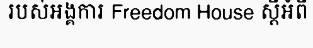
របស់អង្គការ Freedom House ស្តីអំពី